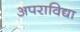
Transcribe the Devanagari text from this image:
अपराविद्या